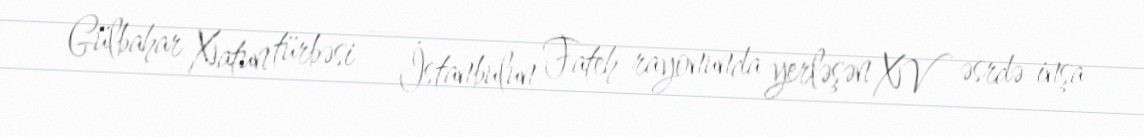
Gülbahar Xatun türbəsi — İstanbulun Fateh rayonunda yerləşən XV əsrdə inşa